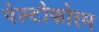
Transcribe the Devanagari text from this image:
पेल्टोफोरम